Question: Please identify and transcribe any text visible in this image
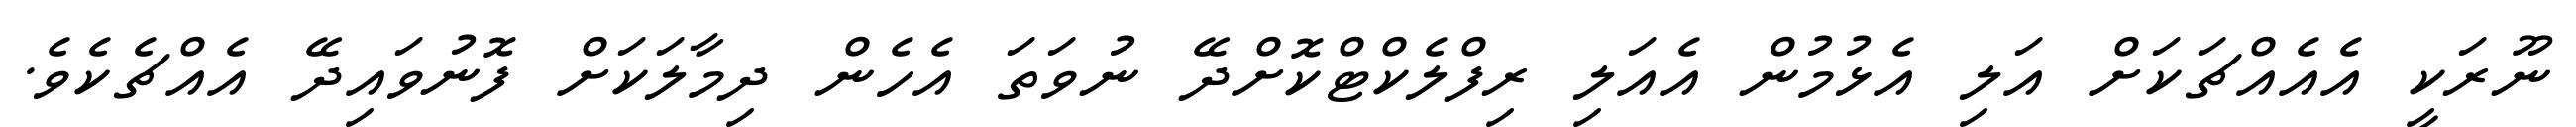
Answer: ނޫރަކީ އެއެއްޗަކަށް އަލި އެޅުމުން އެއަލި ރިފްލެކްޓްކޮށްދޭ ނުވަތަ އެހެން ދިމާލަކަށް ފޮނުވައިދޭ އެއްޗެކެވެ.